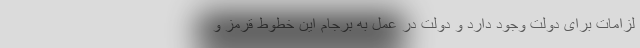
لزامات برای دولت وجود دارد و دولت در عمل به برجام این خطوط قرمز و